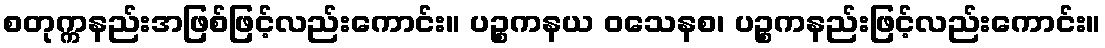
စတုက္ကနည်းအဖြစ်ဖြင့်လည်းကောင်း။ ပဉ္စကနယ ဝသေနစ၊ ပဉ္စကနည်းဖြင့်လည်းကောင်း။